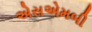
એસએમબી